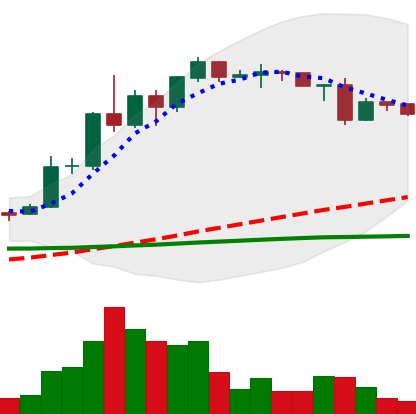
Ticker: ADA-USD
Chart end date: 2020-06-14
Forward return: 3.72%
Label: up_3_5